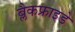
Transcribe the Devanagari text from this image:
ब्लैकफ्राइडे